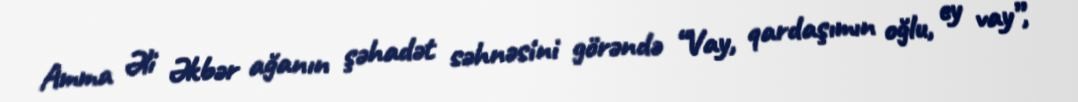
Amma Əli Əkbər ağanın şəhadət səhnəsini görəndə “Vay, qardaşımın oğlu, ey vay”,